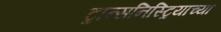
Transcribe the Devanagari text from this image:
ट्रान्सनिस्ट्रियाच्या